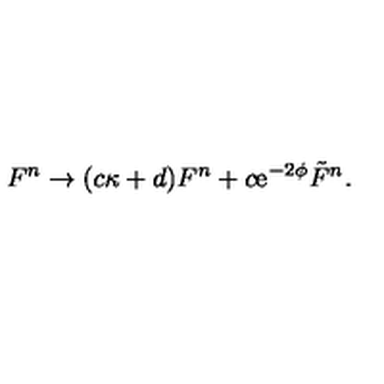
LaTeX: F ^ { n } \rightarrow ( c \kappa + d ) F ^ { n } + c \mathrm { e } ^ { - 2 \phi } { \tilde { F } } ^ { n } .